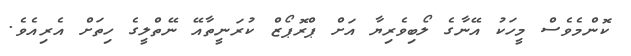
ކޮންމެވެސް މީހަކު އޭނާގެ ލޯބިވެރިޔާ އަށް ޕްރޮޕޯޒް ކުރަނީތާއޭ ނޭތްލީގެ ހިތަށް އެރިއެވެ.